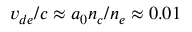
v _ { d e } / c \approx a _ { 0 } n _ { c } / n _ { e } \approx 0 . 0 1